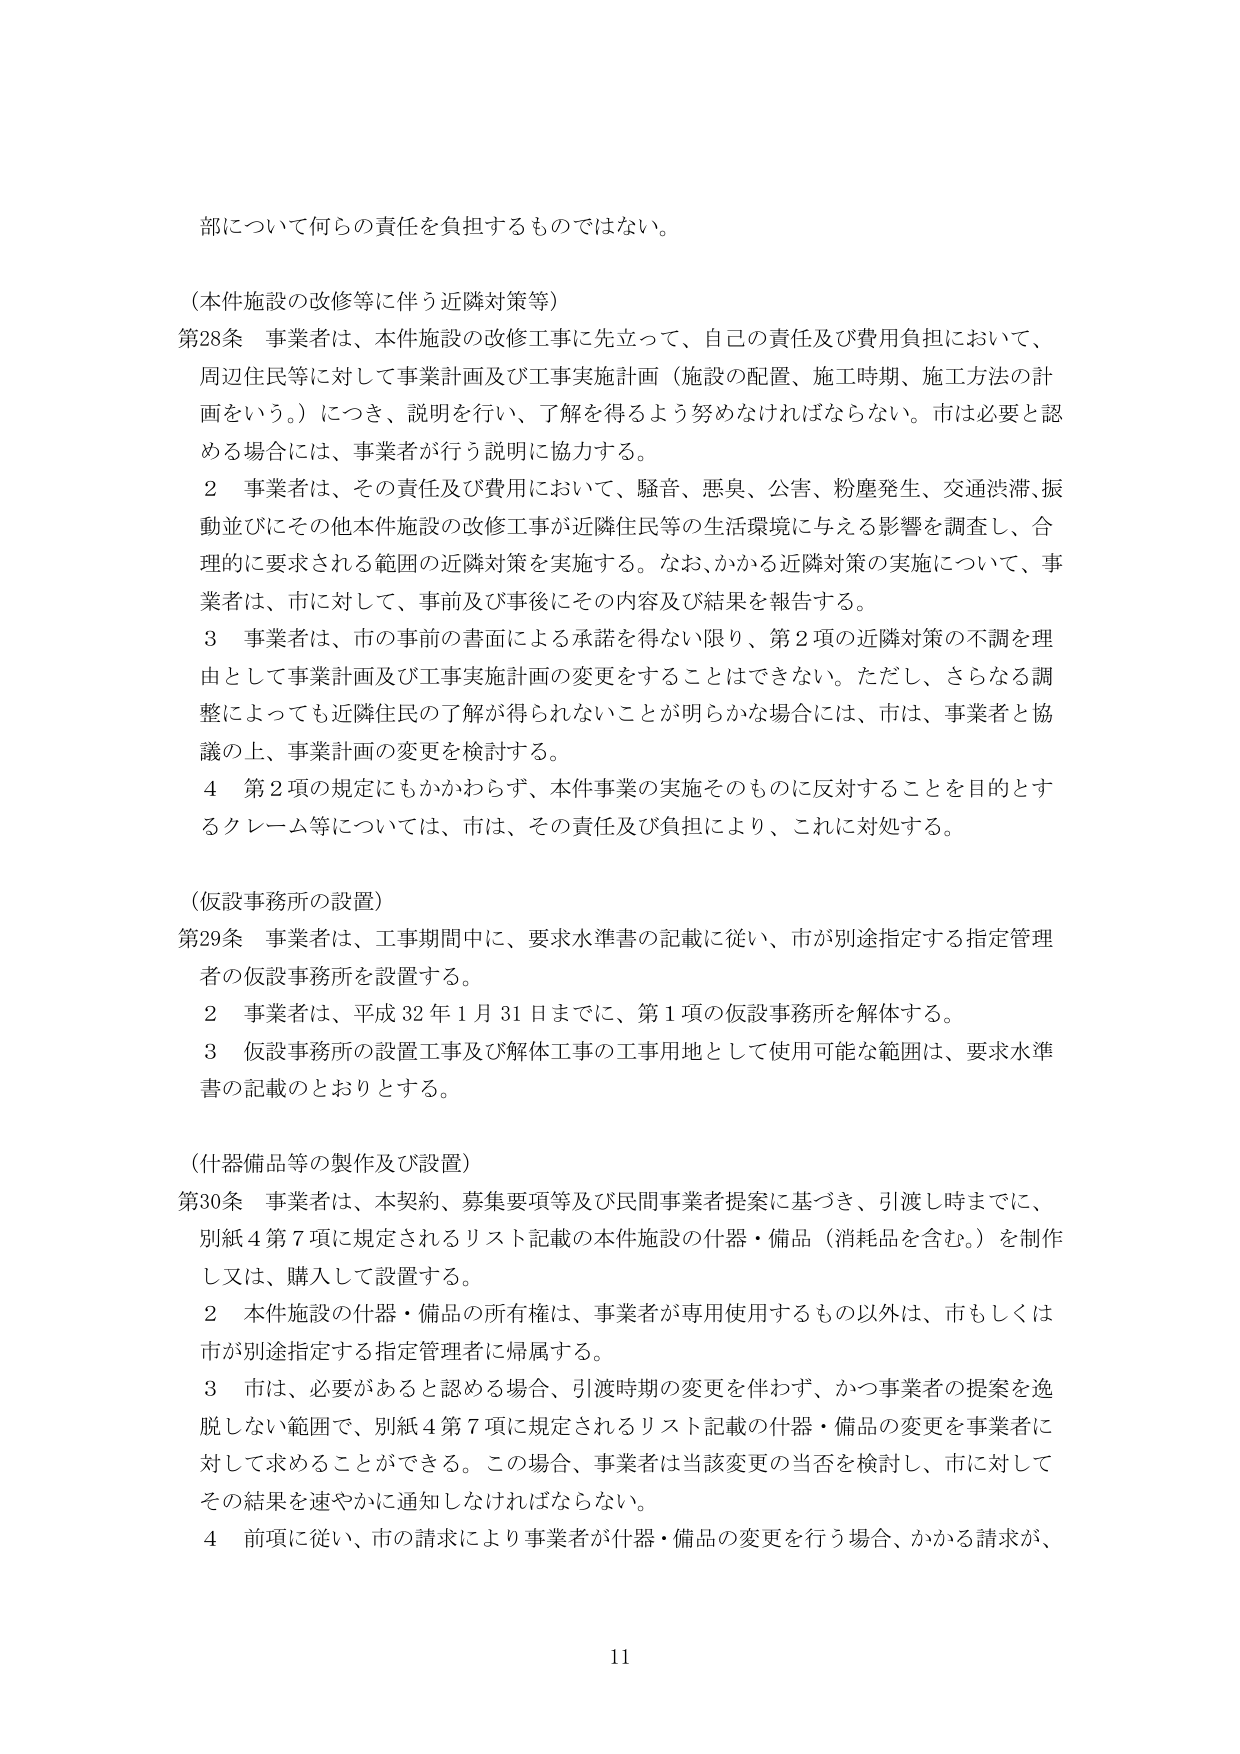
部について何らの責任を負担するものではない。

（本件施設の改修等に伴う近隣対策等）

第28条 事業者は、本件施設の改修工事に先立って、自己の責任及び費用負担において、
周辺住民等に対して事業計画及び工事実施計画（施設の配置、施工時期、施工方法の計
画をいう。）につき、説明を行い、了解を得るよう努めなければならない。市は必要と認
める場合には、事業者が行う説明に協力する。

２ 事業者は、その責任及び費用において、騒音、悪臭、公害、粉塵発生、交通渋滞、振
動並びにその他本件施設の改修工事が近隣住民等の生活環境に与える影響を調査し、合
理的に要求される範囲の近隣対策を実施する。なお、かかる近隣対策の実施について、事
業者は、市に対して、事前及び事後にその内容及び結果を報告する。

３ 事業者は、市の事前の書面による承諾を得ない限り、第２項の近隣対策の不調を理
由として事業計画及び工事実施計画の変更をすることはできない。ただし、さらなる調
整によっても近隣住民の了解が得られないことが明らかな場合には、市は、事業者と協
議の上、事業計画の変更を検討する。

４ 第２項の規定にもかかわらず、本件事業の実施そのものに反対することを目的とす
るクレーム等については、市は、その責任及び負担により、これに対処する。

（仮設事務所の設置）

第29条 事業者は、工事期間中に、要求水準書の記載に従い、市が別途指定する指定管理
者の仮設事務所を設置する。

２ 事業者は、平成32年1月31日までに、第１項の仮設事務所を解体する。

３ 仮設事務所の設置工事及び解体工事の工事用地として使用可能な範囲は、要求水準
書の記載のとおりとする。

（什器備品等の製作及び設置）

第30条 事業者は、本契約、募集要項等及び民間事業者提案に基づき、引渡し時までに、
別紙４第７項に規定されるリスト記載の本件施設の什器・備品（消耗品を含む。）を制作
し又は、購入して設置する。

２ 本件施設の什器・備品の所有権は、事業者が専用使用するもの以外は、市もしくは
市が別途指定する指定管理者に帰属する。

３ 市は、必要があると認める場合、引渡時期の変更を伴わず、かつ事業者の提案を逸
脱しない範囲で、別紙４第７項に規定されるリスト記載の什器・備品の変更を事業者に
対して求めることができる。この場合、事業者は当該変更の当否を検討し、市に対して
その結果を速やかに通知しなければならない。

４ 前項に従い、市の請求により事業者が什器・備品の変更を行う場合、かかる請求が、

11